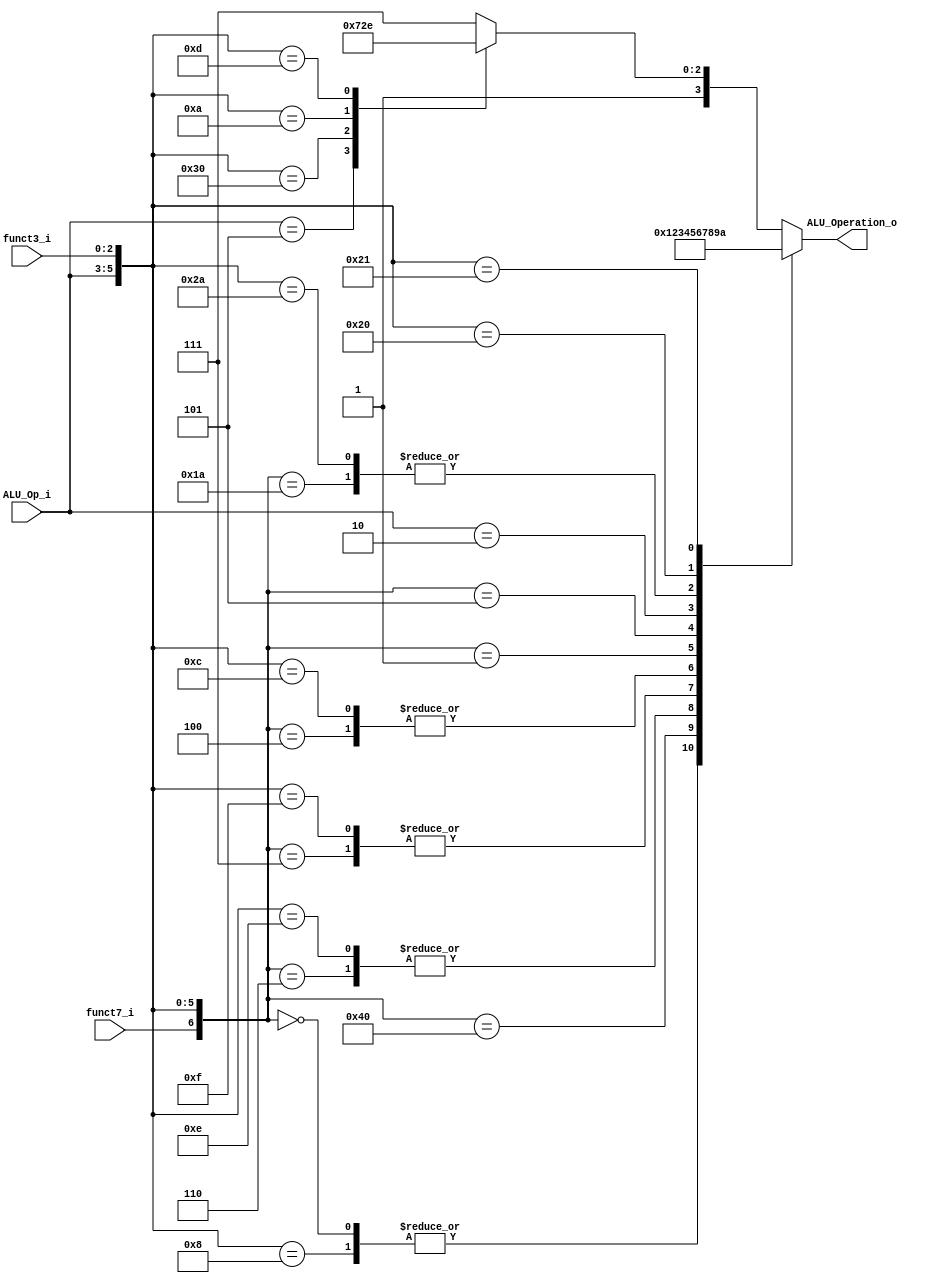
/******************************************************************
* Description
*	This is the control unit for the ALU. It receves a signal called 
*	ALUOp from the control unit and signals called funct7 and funct3  from
*	the instruction bus.
* Version:
*	1.0
* Author:
*	Dr. Jos Luis Pizano Escalante
* email:
*	luispizano@iteso.mx
* Date:
*	16/08/2021
******************************************************************/
module ALU_Control
(
	input funct7_i, 
	input [2:0] ALU_Op_i,
	input [2:0] funct3_i,
	

	output [3:0] ALU_Operation_o
);

// Instrucciones con su funct7, cdigo asignado en control, funct3
localparam R_Type_ADD  = 7'b0_000_000;
localparam R_Type_SUB  = 7'b1_000_000;
localparam I_Type_ADDI = 7'bx_001_000;

localparam R_Type_OR   = 7'b0_000_110;
localparam I_Type_ORI  = 7'bx_001_110;

localparam R_Type_AND  = 7'b0_000_111;
localparam I_Type_ANDI = 7'bx_001_111;

localparam R_Type_XOR  = 7'b0_000_100;
localparam I_Type_XORI = 7'bx_001_100;

localparam R_Type_SLL  = 7'b0_000_001;
localparam R_Type_SRL  = 7'b0_000_101;

localparam U_Type_LUI  = 7'bx_010_xxx;

localparam Type_LW  	  = 7'b0_011_010;
localparam Type_SW  	  = 7'bx_101_010;

localparam B_Type_BEQ  = 7'bx_100_000;
localparam B_Type_BNE  = 7'bx_100_001;

localparam J_Type_JAL  = 7'bx_101_xxx;
localparam I_Type_JALR = 7'bx_110_000;

localparam I_Type_SLTI = 7'bx_001_010;
localparam I_Type_SRAI = 7'bx_001_101;

localparam U_Type_AUIPC= 7'bx_111_xxx;


reg [3:0] alu_control_values;
wire [6:0] selector;

// Se hace la concatenacin del selector de la instruccin actual
assign selector = {funct7_i, ALU_Op_i, funct3_i};

always@(selector)begin
	// Se asigna un cdigo a cada instruccin
	casex(selector)
		I_Type_ADDI:	alu_control_values = 4'b00_00;
		R_Type_ADD: 	alu_control_values = 4'b00_00;
		R_Type_SUB:		alu_control_values = 4'b00_01;
		R_Type_OR: 		alu_control_values = 4'b00_10;
		I_Type_ORI: 	alu_control_values = 4'b00_10;
		R_Type_AND: 	alu_control_values = 4'b00_11;
		I_Type_ANDI: 	alu_control_values = 4'b00_11;
		R_Type_XOR: 	alu_control_values = 4'b01_00;
		I_Type_XORI: 	alu_control_values = 4'b01_00;
		R_Type_SLL: 	alu_control_values = 4'b01_01;
		R_Type_SRL: 	alu_control_values = 4'b01_10;
		U_Type_LUI:		alu_control_values = 4'b01_11;
		Type_LW:			alu_control_values = 4'b10_00;
		Type_SW:			alu_control_values = 4'b10_00;
		B_Type_BEQ:		alu_control_values = 4'b10_01;
		B_Type_BNE:		alu_control_values = 4'b10_10;
		J_Type_JAL: 	alu_control_values = 4'b10_11;
		I_Type_JALR:	alu_control_values = 4'b11_00;
		I_Type_SLTI: 	alu_control_values = 4'b11_01;
		I_Type_SRAI: 	alu_control_values = 4'b11_10;
		U_Type_AUIPC:	alu_control_values = 4'b11_11;
	
		default: alu_control_values = 4'b11_11;
		
	endcase
end


assign ALU_Operation_o = alu_control_values;



endmodule